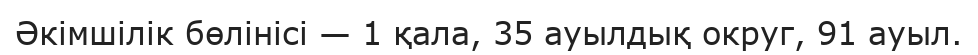
Әкімшілік бөлінісі — 1 қала, 35 ауылдық округ, 91 ауыл.